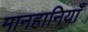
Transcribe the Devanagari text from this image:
मानहानियाँ